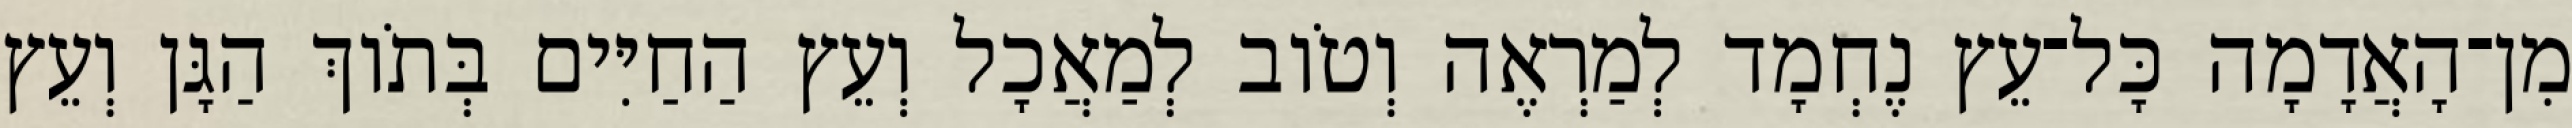
מִן־הָאֲדָמָה כָּל־עֵץ נֶחְמָד לְמַרְאֶה וְטֹוב לְמַאֲכָל וְעֵץ הַחַיִּים בְּתֹוךְ הַגָּן וְעֵץ